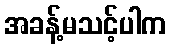
အခန့်မသင့်ပါက